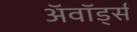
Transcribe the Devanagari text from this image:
अॅवॉर्ड्स